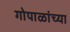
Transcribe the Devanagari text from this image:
गोपाळांच्या